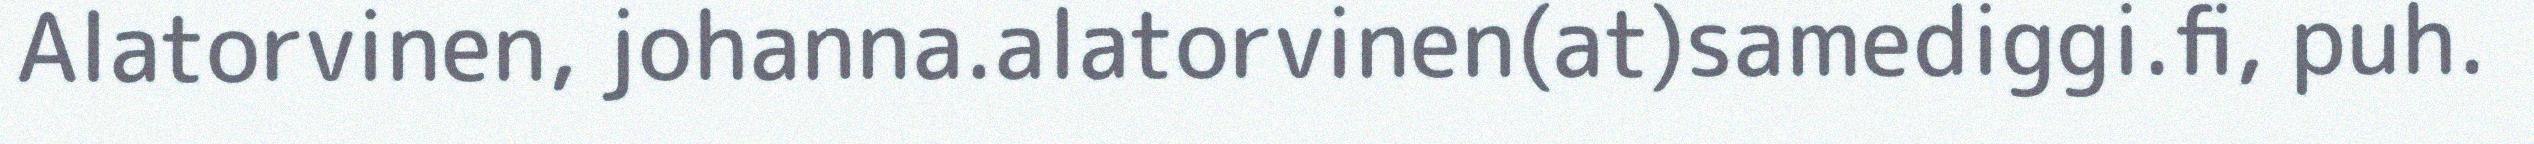
Alatorvinen, johanna.alatorvinen(at)samediggi.fi, puh.